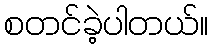
စတင်ခဲ့ပါတယ်။